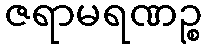
ဇရာမရဏဉ္စ